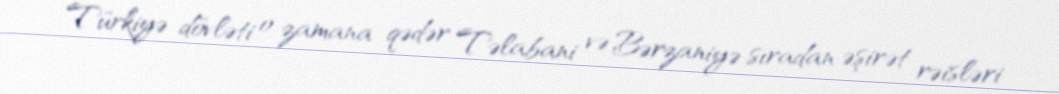
Türkiyə dövləti o zamana qədər Təlabani və Bərzaniyə sıradan əşirət rəisləri